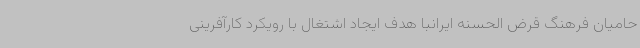
حامیان فرهنگ قرض الحسنه ایرانبا هدف ایجاد اشتغال با رویکرد کارآفرینی